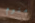
منوم